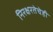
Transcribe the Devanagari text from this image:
निरक्षरतेचेही